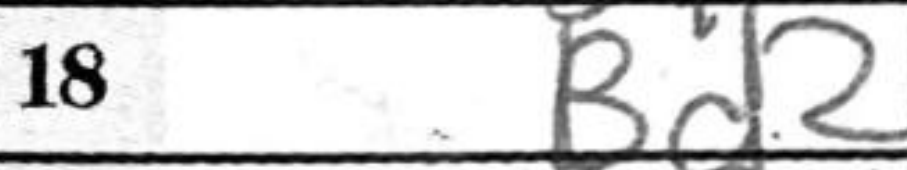
Transcription: Bd2